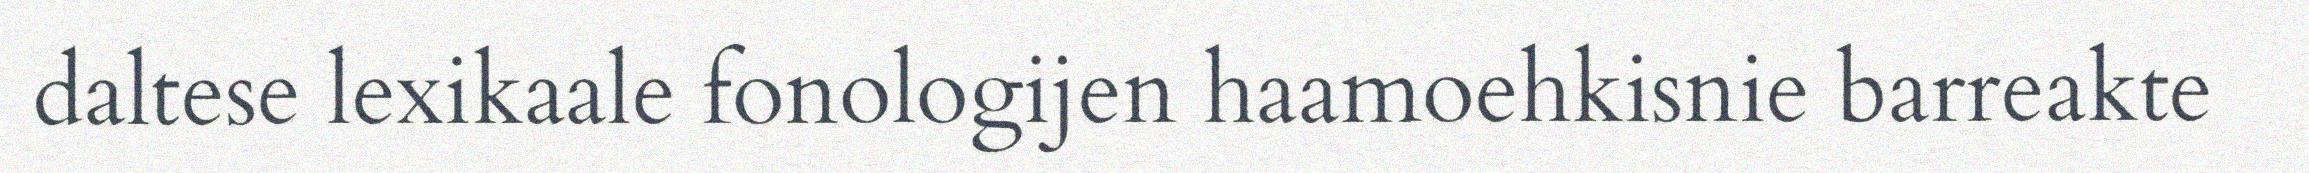
daltese lexikaale fonologijen haamoehkisnie barreakte